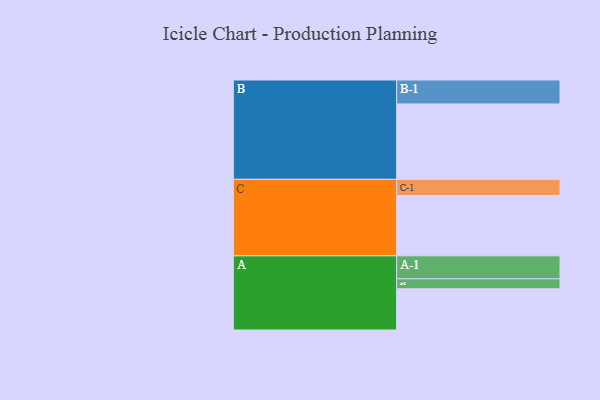
{"axis": {"x": "Segment", "y": "Value"}, "legend": ["", "A", "B", "C"], "data": [{"x": "A", "y": 306, "type": ""}, {"x": "B", "y": 560, "type": ""}, {"x": "C", "y": 448, "type": ""}, {"x": "A-1", "y": 171, "type": "A"}, {"x": "A-2", "y": 74, "type": "A"}, {"x": "B-1", "y": 178, "type": "B"}, {"x": "C-1", "y": 120, "type": "C"}]}